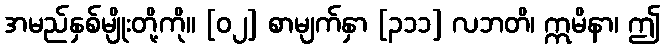
အမည်နှစ်မျိုးတို့ကို။ [၀၂] စာမျက်နှာ [၃၁၁] လဘတိ၊ ဣမိနာ၊ ဤ